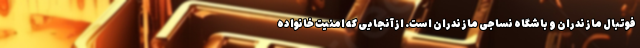
فوتبال مازندران و باشگاه نساجی مازندران است. ازآنجایی که امنیت خانواده